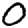
Digit: 0